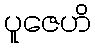
ပူဇေဟိ